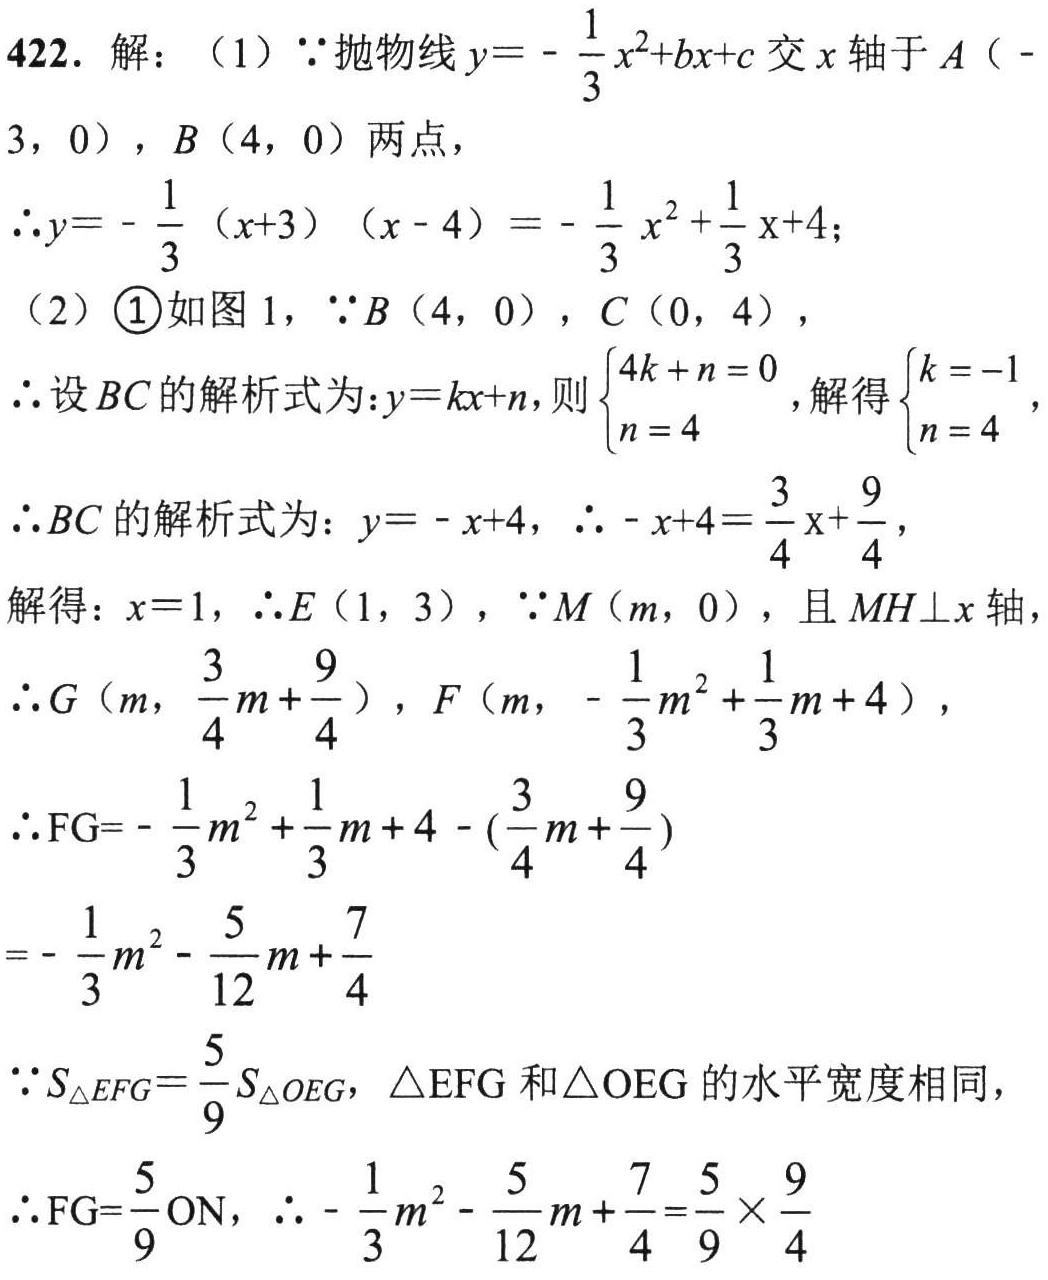
422. 解：（1）\(\because\)抛物线\(y = -\frac{1}{3}x^{2}+bx + c\)交\(x\)轴于\(A(-3,0)\)，\(B(4,0)\)两点，
\(\therefore y = -\frac{1}{3}(x + 3)(x - 4)=-\frac{1}{3}x^{2}+\frac{1}{3}x + 4\)；
（2）\textcircled{1}如图1，\(\because B(4,0)\)，\(C(0,4)\)，
\(\therefore\)设\(BC\)的解析式为：\(y = kx + n\)，则\(\begin{cases}4k + n = 0\\n = 4\end{cases}\)，解得\(\begin{cases}k = -1\\n = 4\end{cases}\)，
\(\therefore BC\)的解析式为：\(y = -x + 4\)，\(\therefore -x + 4=\frac{3}{4}x+\frac{9}{4}\)，
解得：\(x = 1\)，\(\therefore E(1,3)\)，\(\because M(m,0)\)，且\(MH\perp x\)轴
\(\therefore G(m,\frac{3}{4}m+\frac{9}{4})\)，\(F(m,-\frac{1}{3}m^{2}+\frac{1}{3}m + 4)\)，
\(\therefore FG=-\frac{1}{3}m^{2}+\frac{1}{3}m + 4 - (\frac{3}{4}m+\frac{9}{4})\)
\(=-\frac{1}{3}m^{2}-\frac{5}{12}m+\frac{7}{4}\)
\(\because S_{\triangle EFG}=\frac{5}{9}S_{\triangle OEG}\)，\(\triangle EFG\)和\(\triangle OEG\)的水平宽度相同，
\(\therefore FG=\frac{5}{9}ON\)，\(\therefore -\frac{1}{3}m^{2}-\frac{5}{12}m+\frac{7}{4}=\frac{5}{9}\times\frac{9}{4}\)